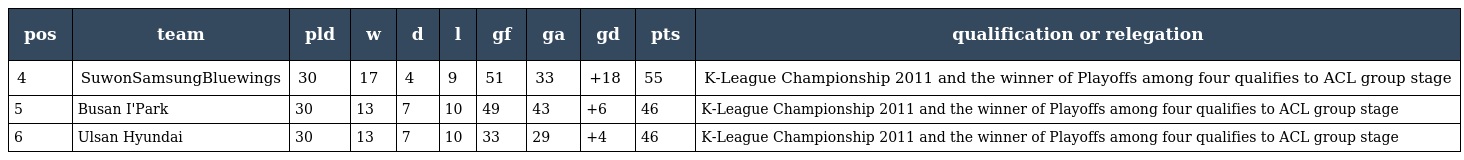
| pos | team | pld | w | d | l | gf | ga | gd | pts | qualification or relegation |
 | --- | --- | --- | --- | --- | --- | --- | --- | --- | --- | --- |
 | 4 | SuwonSamsungBluewings | 30 | 17 | 4 | 9 | 51 | 33 | +18 | 55 | K-League Championship 2011 and the winner of Playoffs among four qualifies to ACL group stage |
 | 5 | Busan I'Park | 30 | 13 | 7 | 10 | 49 | 43 | +6 | 46 | K-League Championship 2011 and the winner of Playoffs among four qualifies to ACL group stage |
 | 6 | Ulsan Hyundai | 30 | 13 | 7 | 10 | 33 | 29 | +4 | 46 | K-League Championship 2011 and the winner of Playoffs among four qualifies to ACL group stage |